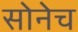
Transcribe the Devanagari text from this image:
सोनेच